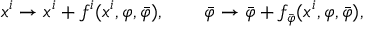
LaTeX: x ^ { i } \to x ^ { i } + f ^ { i } ( x ^ { i } , \varphi , \bar { \varphi } ) , \qquad \bar { \varphi } \to \bar { \varphi } + f _ { \bar { \varphi } } ( x ^ { i } , \varphi , \bar { \varphi } ) ,